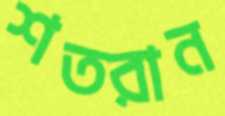
শতরান